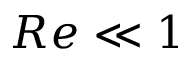
R e \ll 1